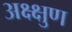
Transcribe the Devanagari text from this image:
अक्ष्क्षुण